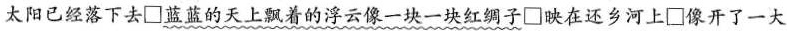
太阳已经落下去 \Box 蓝蓝的天上飘着的浮云像一块一块红绸子 \Box 映在还乡河上 \Box 像开了一大